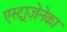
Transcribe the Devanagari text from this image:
एस्ट्राज़ेनेका